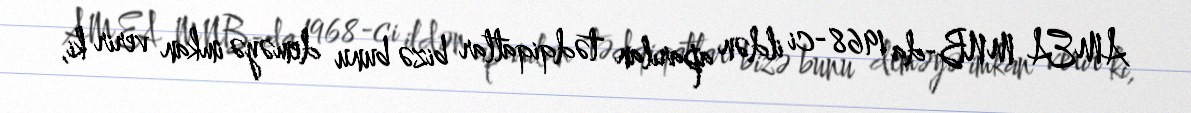
AMEA MNB-da 1968-ci ildən aparılan tədqiqatlar bizə bunu deməyə imkan verir ki,